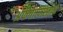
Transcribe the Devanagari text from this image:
अफगाणिस्ताने